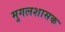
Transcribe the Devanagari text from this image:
मुगलशासक